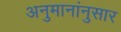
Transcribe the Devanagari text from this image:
अनुमानांनुसार